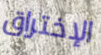
الإختراق